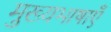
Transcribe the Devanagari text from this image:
मुख्यभाषाएँ